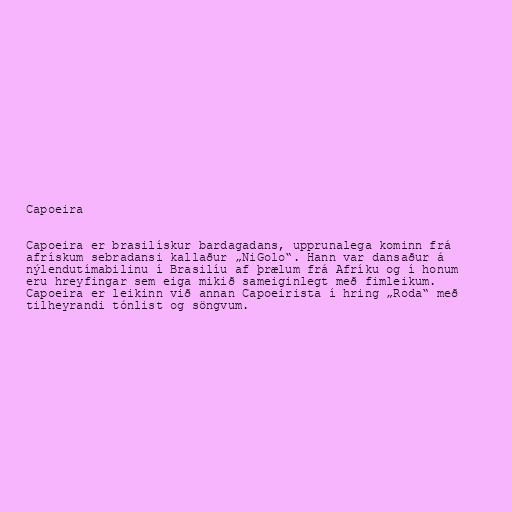
Capoeira

Capoeira er brasilískur bardagadans, upprunalega kominn frá
afrískum sebradansi kallaður „NiGolo“. Hann var dansaður á
nýlendutímabilinu í Brasilíu af þrælum frá Afríku og í honum
eru hreyfingar sem eiga mikið sameiginlegt með fimleikum.
Capoeira er leikinn við annan Capoeirista í hring „Roda“ með
tilheyrandi tónlist og söngvum.